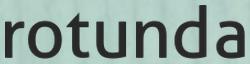
rotunda